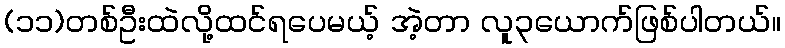
(၁၁)တစ်ဦးထဲလို့ထင်ရပေမယ့် အဲ့တာ လူ၃ယောက်ဖြစ်ပါတယ်။